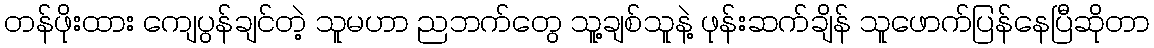
တန်ဖိုးထား ကျေပွန်ချင်တဲ့ သူမဟာ ညဘက်တွေ သူ့ချစ်သူနဲ့ ဖုန်းဆက်ချိန် သူဖောက်ပြန်နေပြီဆိုတာ